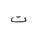
Letter: _ta